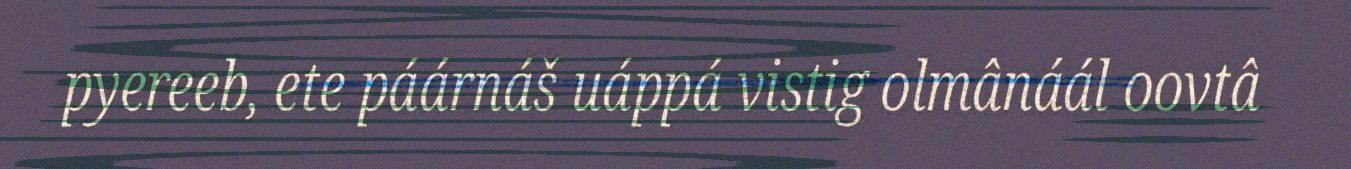
pyereeb, ete páárnáš uáppá vistig olmânáál oovtâ